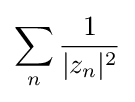
\sum _{n}{\frac {1}{|z_{n}|^{2}}}